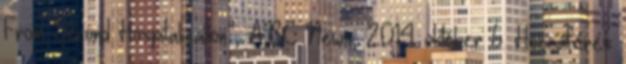
From Second Hospitalization”, ABC News, 2014. október 6. Hozzáférés